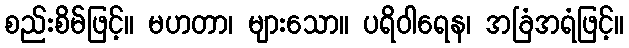
စည်းစိမ်ဖြင့်။ မဟတာ၊ များသော။ ပရိဝါရေန၊ အခြံအရံဖြင့်။